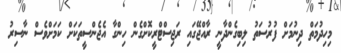
މިހިދުމަތް ދިނުމަށް ފުރުސަތު ލިބިގެންދާނީ ރާއްޖޭގައި ރަޖިސްޓްރީކޮށްގެން ހިންގާ އެޖެންސީތަކަށް ކަމަށްވެސް ނާސިރު